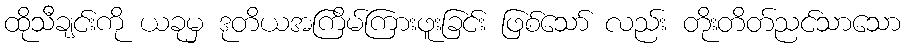
ထိုသီချင်းကို ယခုမှ ဒုတိယအကြိမ်ကြားဖူးခြင်း ဖြစ်သော် လည်း တိုးတိတ်ညင်သာသော